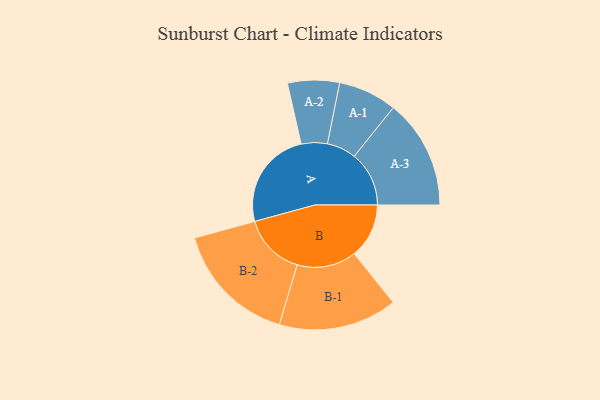
{"axis": {"x": "Segment", "y": "Value"}, "legend": ["", "A", "B"], "data": [{"x": "A", "y": 466, "type": ""}, {"x": "B", "y": 258, "type": ""}, {"x": "A-1", "y": 138, "type": "A"}, {"x": "A-2", "y": 122, "type": "A"}, {"x": "A-3", "y": 258, "type": "A"}, {"x": "B-1", "y": 279, "type": "B"}, {"x": "B-2", "y": 293, "type": "B"}]}